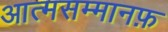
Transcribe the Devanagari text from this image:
आत्मसम्मानफ़